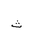
Letter: _tha